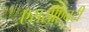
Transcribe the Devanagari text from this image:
एससीएनटी